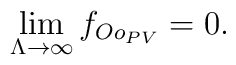
\lim\limits_{\Lambda\to\infty} f_{Oo_{PV}} = 0.